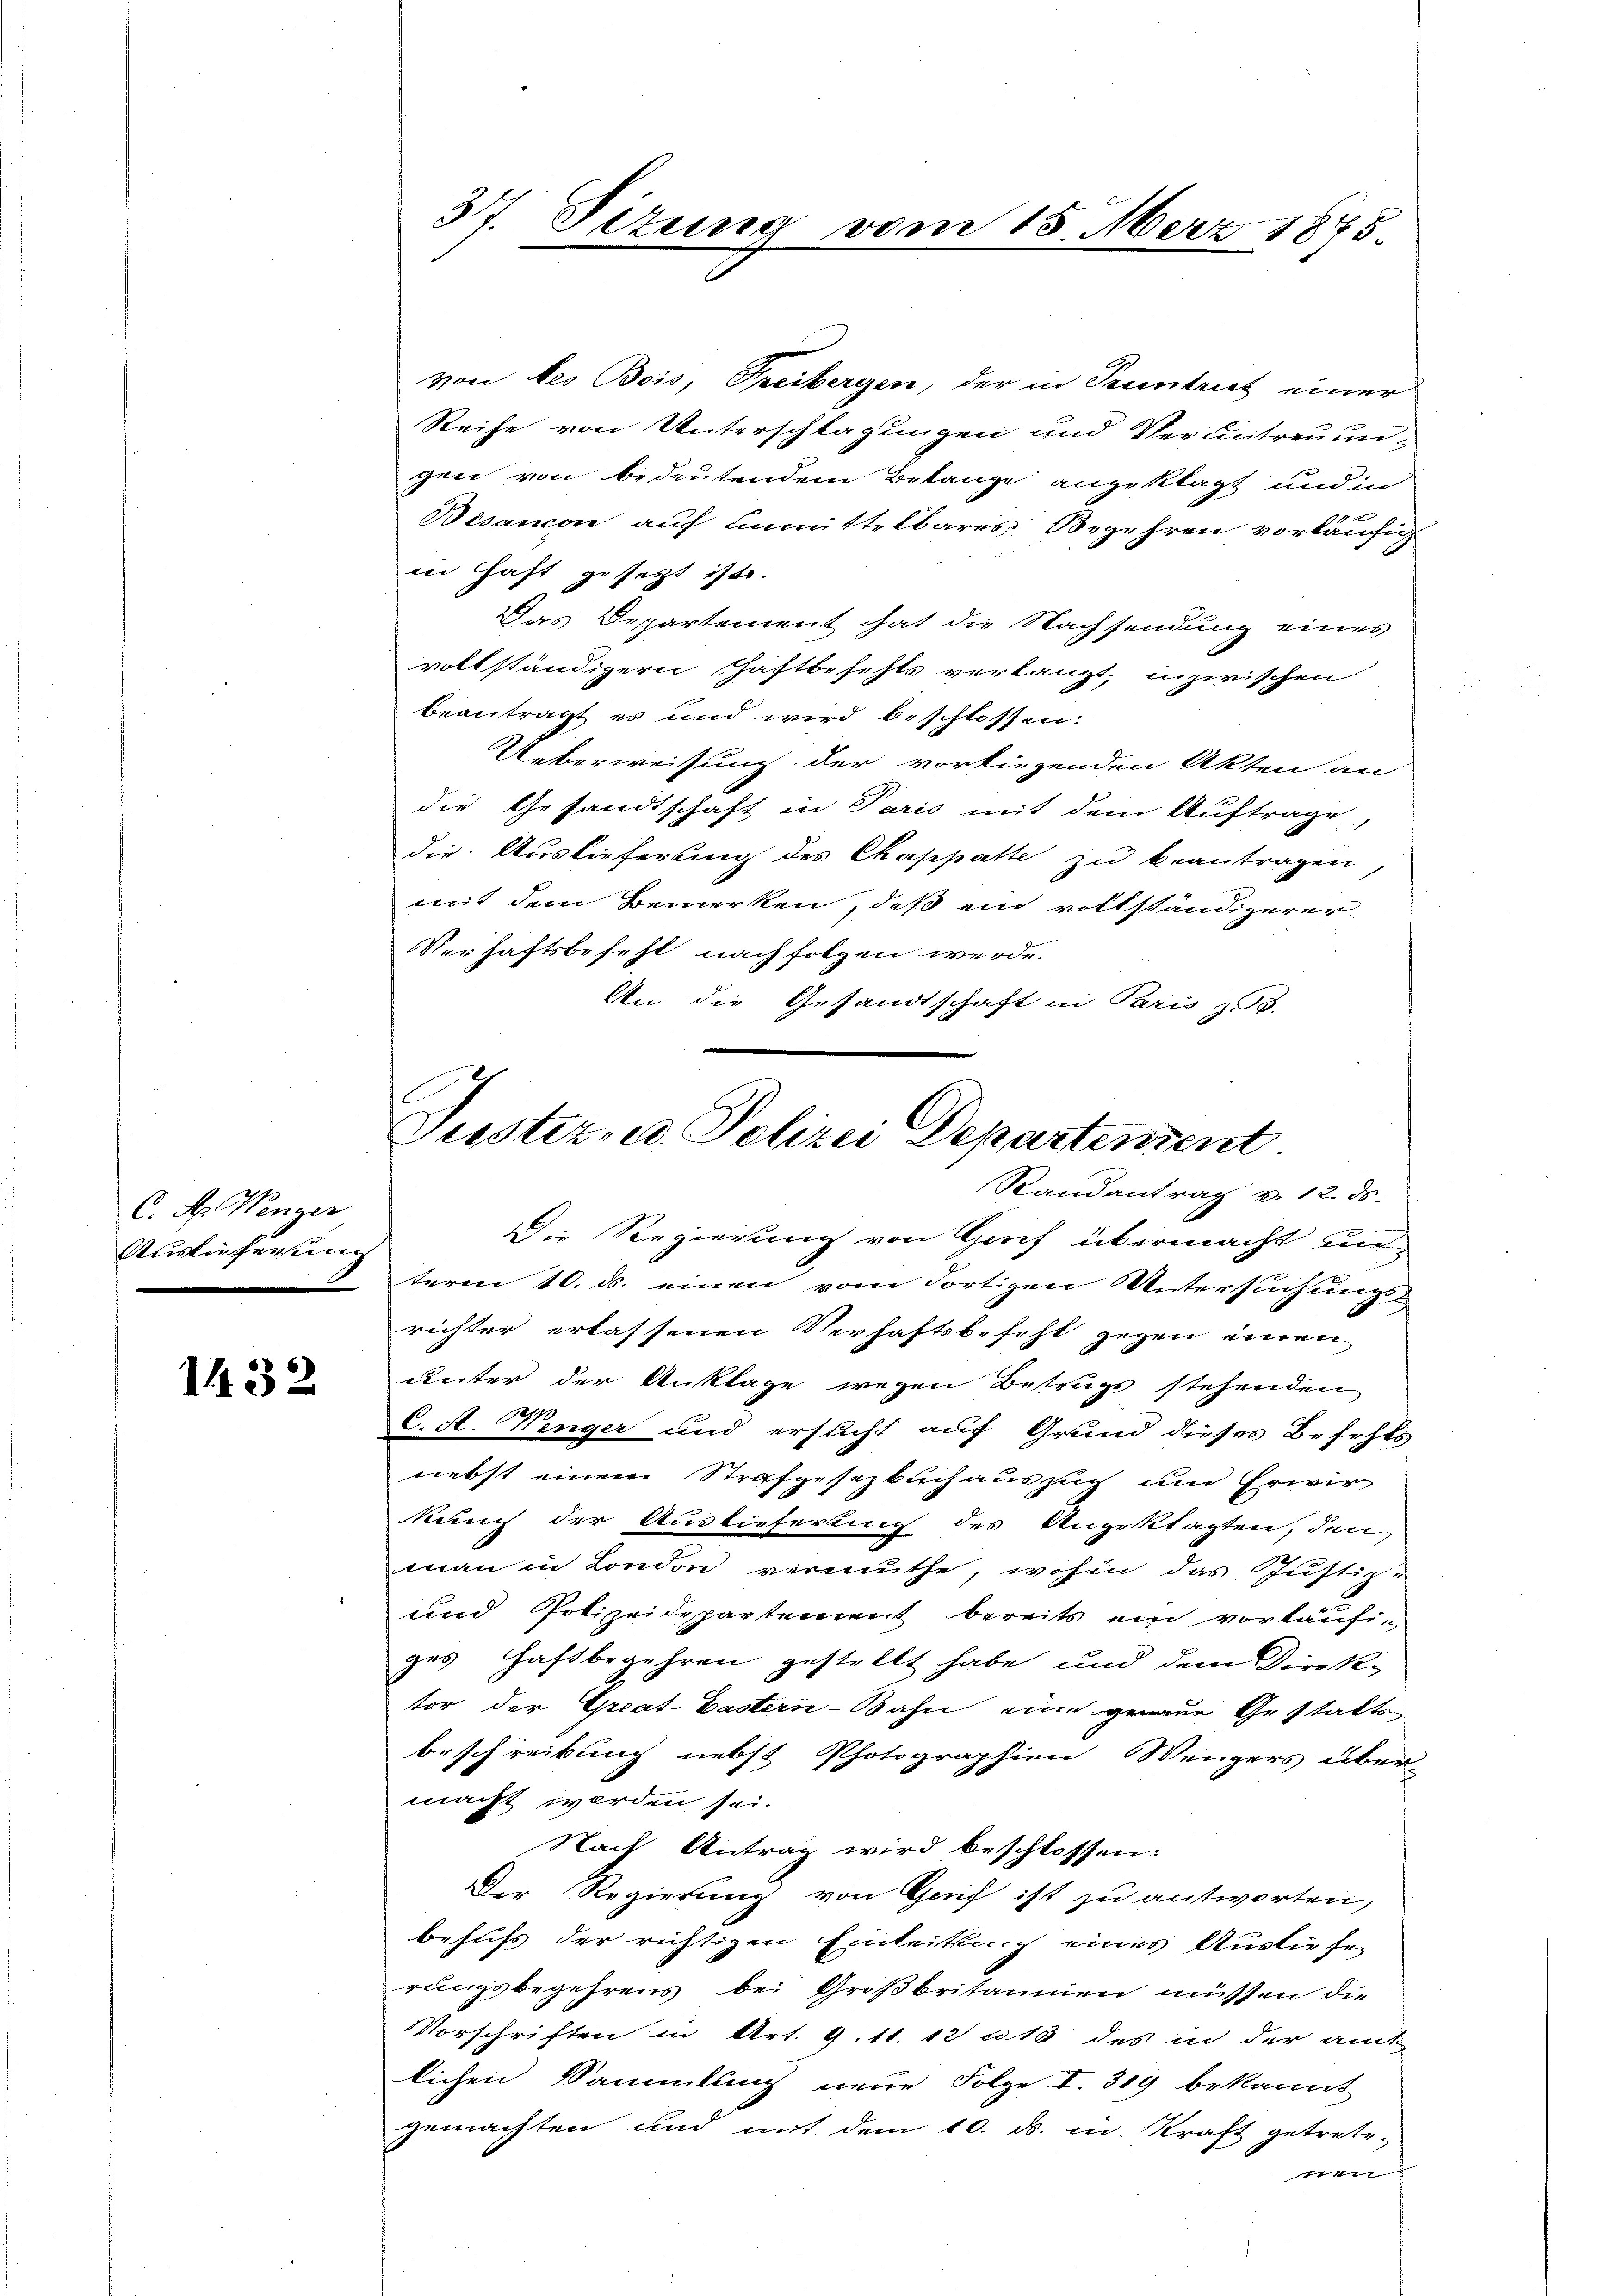
C. N. Wenger
Auslieferung

1432

37. Sizung vom 15. März 1875.

Justiz, d. Polizei Departensent
Randantrag v. 12. ds.

von des Bois, Freibergen, der in Prentrict einer
Reihe von Unterschlagungen und Verantreuungen von bedeutendem Belange angeklagt und in

Bisancon auf unmittelbares Begehren vorläufig
in Haft gesetzt ist.
Das Departement hat die Nachsendung eines
vollständigern Haftbefehts verlangt, inzwischen
beantragt es und wird beschlossen:
Ueberweisung der vorliegenden Akten an
die Gesandtschaft in Paris mit dem Auftrage,
die Auslieferung des Chappatte zu beantragen,
mit dem Bemerken, daß ein vollständigerer
Verhaftsbefehl nachfolgen werde.
An die Gesandtschaft in Paris z.
Die Regierung von Grief übermacht unteren 10. ds. einen vom dortigen Untersuchungsrichter erlassenen Verhaftsbefehl gegen einen
unter der Anklage wegen Betrugs stehenden
190
C. A. Henger und ersucht auf Grund dieses Befehls
nebst einem Strafgesezbuchauszug und Erwir
kauf der Auslieferung des Ungeklagten, den
man in London vermuthe, wohin das Justiz¬
und Polizeidepartement bereits ein vorläufiges Haftbegehren gestellt habe, und dem Direk-
tor der Great-Castern-Bahn eine genaue Gestaltsbeschreibung nebst Photographien Wengers über-
macht werden sei.
Nach Antrag wird beschlossen:
Der Regierung von Greif ist zu antworten,
behufs der richtigen Einleitung eines Ausliefe
rungsbegehrens bei Großbritanien müssen die
Vorschriften in Art. 9. 11. 12 a 13 des in der amt
lichen Sammlung neue Folge I. 319 bekannt
gemachten und mit dem 10. ds. in Kraft getreten
7